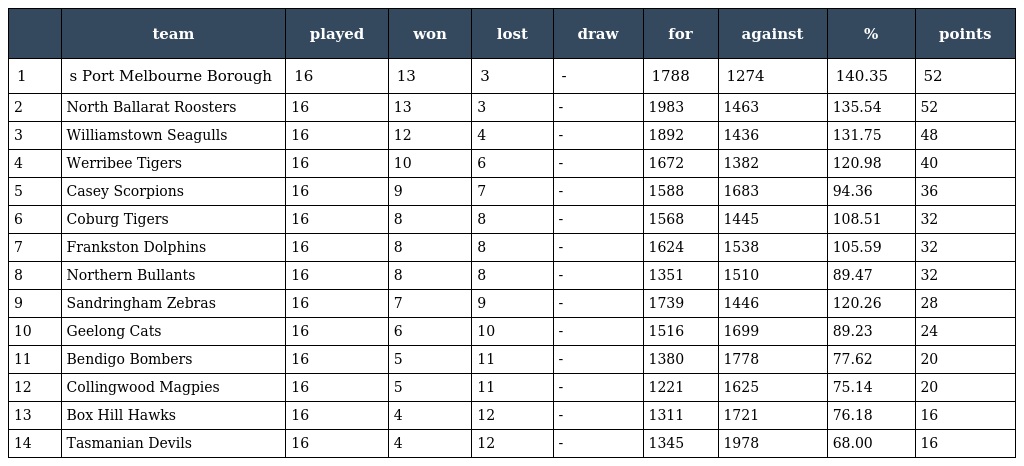
|  | team | played | won | lost | draw | for | against | % | points |
 | --- | --- | --- | --- | --- | --- | --- | --- | --- | --- |
 | 1 | s Port Melbourne Borough | 16 | 13 | 3 | - | 1788 | 1274 | 140.35 | 52 |
 | 2 | North Ballarat Roosters | 16 | 13 | 3 | - | 1983 | 1463 | 135.54 | 52 |
 | 3 | Williamstown Seagulls | 16 | 12 | 4 | - | 1892 | 1436 | 131.75 | 48 |
 | 4 | Werribee Tigers | 16 | 10 | 6 | - | 1672 | 1382 | 120.98 | 40 |
 | 5 | Casey Scorpions | 16 | 9 | 7 | - | 1588 | 1683 | 94.36 | 36 |
 | 6 | Coburg Tigers | 16 | 8 | 8 | - | 1568 | 1445 | 108.51 | 32 |
 | 7 | Frankston Dolphins | 16 | 8 | 8 | - | 1624 | 1538 | 105.59 | 32 |
 | 8 | Northern Bullants | 16 | 8 | 8 | - | 1351 | 1510 | 89.47 | 32 |
 | 9 | Sandringham Zebras | 16 | 7 | 9 | - | 1739 | 1446 | 120.26 | 28 |
 | 10 | Geelong Cats | 16 | 6 | 10 | - | 1516 | 1699 | 89.23 | 24 |
 | 11 | Bendigo Bombers | 16 | 5 | 11 | - | 1380 | 1778 | 77.62 | 20 |
 | 12 | Collingwood Magpies | 16 | 5 | 11 | - | 1221 | 1625 | 75.14 | 20 |
 | 13 | Box Hill Hawks | 16 | 4 | 12 | - | 1311 | 1721 | 76.18 | 16 |
 | 14 | Tasmanian Devils | 16 | 4 | 12 | - | 1345 | 1978 | 68.00 | 16 |